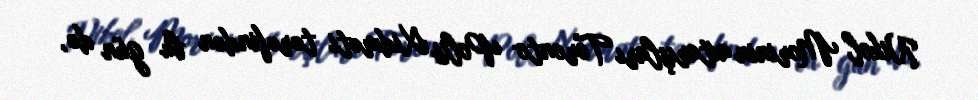
Nikol Morinin axtarışları Toronto Polis Xidməti tərəfindən bu gün də,